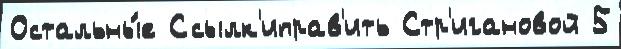
Остальны́е Ссылк'иправ'ить Стр'игановой 5